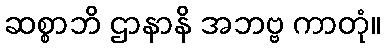
ဆစ္စာဘိ ဌာနာနိ အဘဗ္ဗ ကာတုံ။